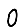
Digit: 0